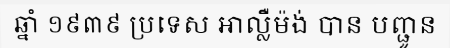
ឆ្នាំ ១៩៣៩ ប្រទេស អាល្លឺម៉ង់ បាន បញ្ជូន